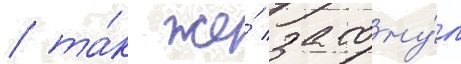
/ та́к же́ затону́л